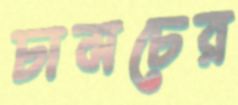
চামচের